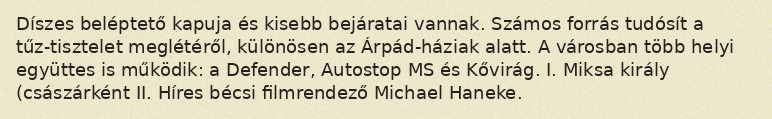
Díszes beléptető kapuja és kisebb bejáratai vannak. Számos forrás tudósít a tűz-tisztelet meglétéről, különösen az Árpád-háziak alatt. A városban több helyi együttes is működik: a Defender, Autostop MS és Kővirág. I. Miksa király (császárként II. Híres bécsi filmrendező Michael Haneke.